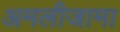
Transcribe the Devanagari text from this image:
अमलीजामा